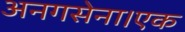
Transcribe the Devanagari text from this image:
अनगसेना।एक